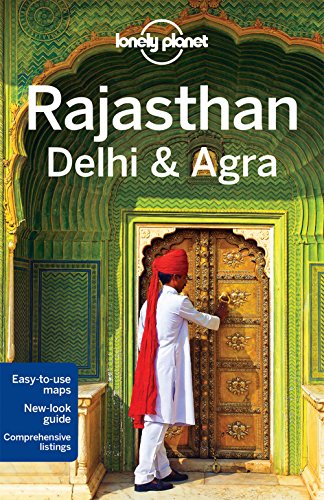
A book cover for Lonely Planet Rajasthan, Delhi & Agra (Travel Guide); Lonely Planet; Travel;